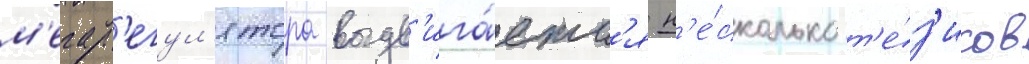
м'егар'егул'ятора выдв'ига́етс'я н'е́сколько т'е́з'исов